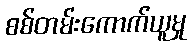
စစ်တမ်းကောက်ယူမှု